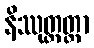
နိဿုတ္တတ္တာ